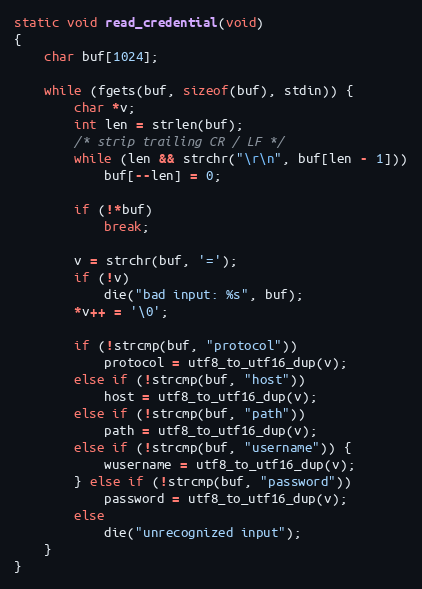
Language: C
static void read_credential(void)
{
	char buf[1024];

	while (fgets(buf, sizeof(buf), stdin)) {
		char *v;
		int len = strlen(buf);
		/* strip trailing CR / LF */
		while (len && strchr("\r\n", buf[len - 1]))
			buf[--len] = 0;

		if (!*buf)
			break;

		v = strchr(buf, '=');
		if (!v)
			die("bad input: %s", buf);
		*v++ = '\0';

		if (!strcmp(buf, "protocol"))
			protocol = utf8_to_utf16_dup(v);
		else if (!strcmp(buf, "host"))
			host = utf8_to_utf16_dup(v);
		else if (!strcmp(buf, "path"))
			path = utf8_to_utf16_dup(v);
		else if (!strcmp(buf, "username")) {
			wusername = utf8_to_utf16_dup(v);
		} else if (!strcmp(buf, "password"))
			password = utf8_to_utf16_dup(v);
		else
			die("unrecognized input");
	}
}